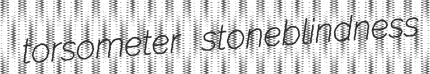
torsometer stoneblindness